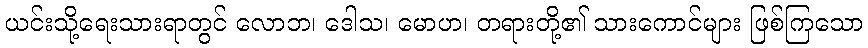
ယင်းသို့ရေးသားရာတွင် လောဘ၊ ဒေါသ၊ မောဟ၊ တရားတို့၏ သားကောင်များ ဖြစ်ကြသော